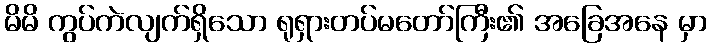
မိမိ ကွပ်ကဲလျက်ရှိသော ရုရှားတပ်မတော်ကြီး၏ အခြေအနေ မှာ